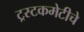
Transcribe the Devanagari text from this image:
ट्रस्टकमेटीचे